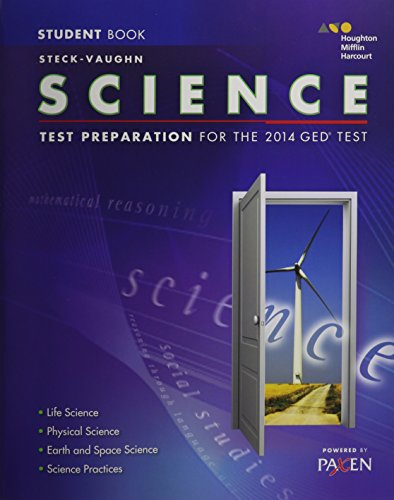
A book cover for Steck-Vaughn GED: Test Preparation Student Edition Science 2014; STECK-VAUGHN; Test Preparation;